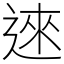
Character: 逨